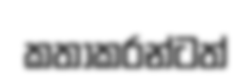
කතාකරන්ටත්